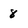
Character: 8